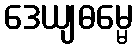
ဒေယျဓမ္မေ